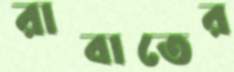
রাবাতের